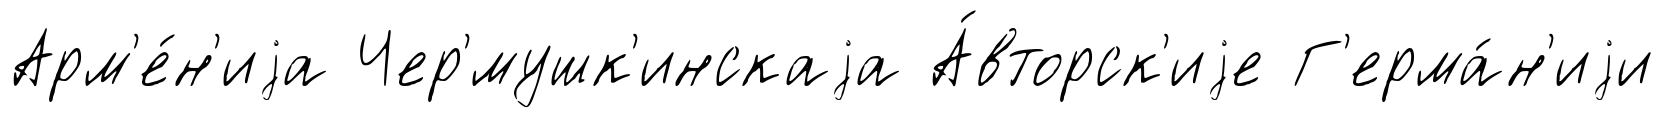
Арм'е́н'иjа Чер'́мушк'инскаjа А́вторск'иjе Г'ерма́н'иjи